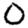
Digit: 0